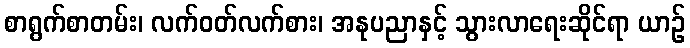
စာရွက်စာတမ်း၊ လက်ဝတ်လက်စား၊ အနုပညာနှင့် သွားလာရေးဆိုင်ရာ ယာဉ်